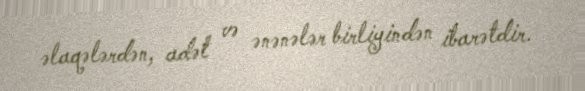
əlaqələrdən, adət və ənənələr birliyindən ibarətdir.